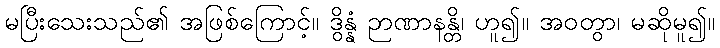
မပြီးသေးသည်၏ အဖြစ်ကြောင့်။ ဒွိန္နံ ဉာဏာနန္တိ၊ ဟူ၍။ အဝတွာ၊ မဆိုမူ၍။